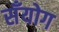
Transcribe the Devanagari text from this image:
सँयोग